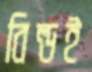
বিল্ডই